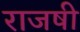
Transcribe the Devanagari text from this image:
राजषी